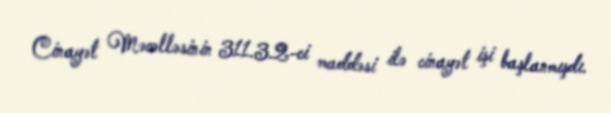
Cinayət Məcəlləsinin 311.3.2-ci maddəsi ilə cinayət işi başlanmışdı.